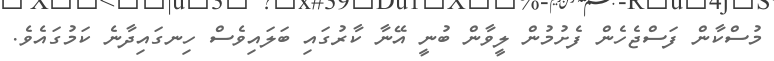
މުސްކާން ފަސްޖެހެން ފެށުމުން ލީވާން ބުނީ އޭނާ ކާރުގައި ބަލައިވެސް ހިނގައިދާނެ ކަމުގައެވެ.